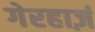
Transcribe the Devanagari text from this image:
गेरहार्ज़